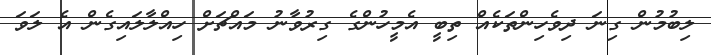
ލިބުމުން ގިނަ ދިވެހިންތަކެއް ތިބީ އެމީހުންގެ ގިރުވާނު މައްޗަށް ހިއްލާލައިގެން އެ ލަވަ